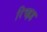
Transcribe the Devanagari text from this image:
रिच्ह्रड